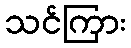
သင်ကြား